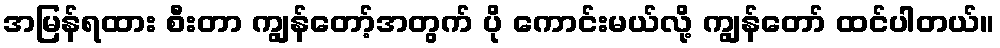
အမြန်ရထား စီးတာ ကျွန်တော့်အတွက် ပို ကောင်းမယ်လို့ ကျွန်တော် ထင်ပါတယ်။